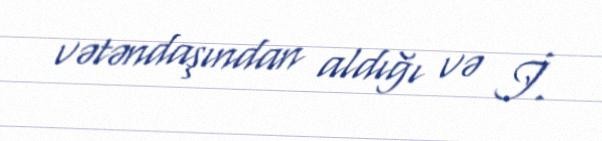
vətəndaşından aldığı və İ.